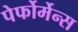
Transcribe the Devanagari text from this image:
पेर्फोर्मेन्स